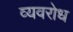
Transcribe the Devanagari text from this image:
व्यवरोध